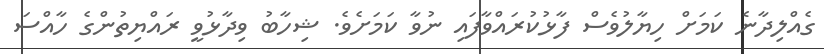
ގެއްލިދާނެ ކަމަށް ހިޔާލުވެސް ފާޅުކުރައްވާފައި ނުވާ ކަމަށެވެ. ޝިހާބު ވިދާޅުވީ ރައްޔިތުންގެ ހާއްސަ